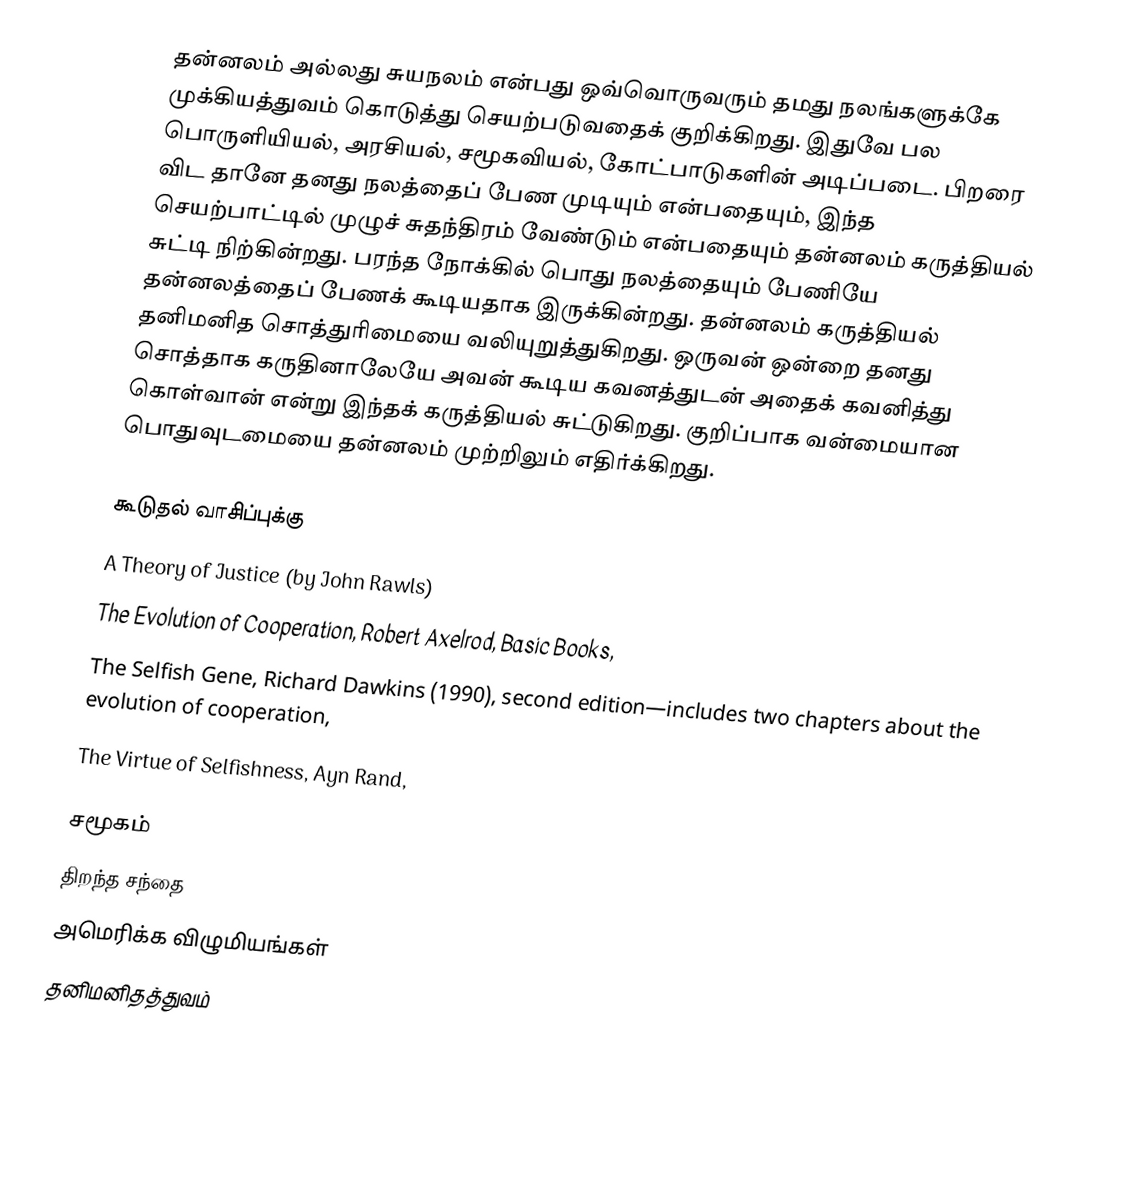
தன்னலம் அல்லது சுயநலம் என்பது ஒவ்வொருவரும் தமது நலங்களுக்கே முக்கியத்துவம் கொடுத்து செயற்படுவதைக் குறிக்கிறது.  இதுவே பல பொருளியியல், அரசியல்,  சமூகவியல், கோட்பாடுகளின் அடிப்படை.  பிறரை விட தானே தனது நலத்தைப் பேண முடியும் என்பதையும், இந்த செயற்பாட்டில் முழுச் சுதந்திரம் வேண்டும் என்பதையும் தன்னலம் கருத்தியல் சுட்டி நிற்கின்றது. பரந்த நோக்கில் பொது நலத்தையும் பேணியே தன்னலத்தைப் பேணக் கூடியதாக இருக்கின்றது.  தன்னலம் கருத்தியல் தனிமனித சொத்துரிமையை வலியுறுத்துகிறது.  ஒருவன் ஒன்றை தனது சொத்தாக கருதினாலேயே அவன் கூடிய கவனத்துடன் அதைக் கவனித்து கொள்வான் என்று இந்தக் கருத்தியல் சுட்டுகிறது.  குறிப்பாக வன்மையான பொதுவுடமையை தன்னலம் முற்றிலும் எதிர்க்கிறது.

கூடுதல் வாசிப்புக்கு
 A Theory of Justice (by John Rawls)
 The Evolution of Cooperation, Robert Axelrod, Basic Books,
 The Selfish Gene, Richard Dawkins (1990), second edition—includes two chapters about the evolution of cooperation,
 The Virtue of Selfishness, Ayn Rand,

சமூகம்
திறந்த சந்தை
அமெரிக்க விழுமியங்கள்
தனிமனிதத்துவம்